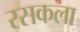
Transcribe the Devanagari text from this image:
रसकला